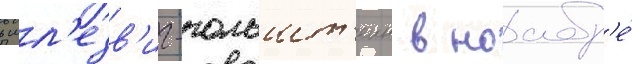
в шл'езв'иг-гольшт'еин в ноабр'е́